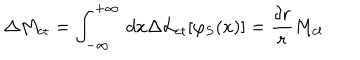
\Delta M _ { \mathrm { c t } } = \int _ { - \infty } ^ { + \infty } \, d x \Delta { \cal L } _ { \mathrm { c t } } [ \varphi _ { S } ( x ) ] = \frac { \delta r } { r } M _ { \mathrm { c l } }